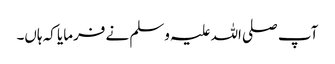
آپ صلی اللہ علیہ وسلم نے فرمایا کہ ہاں۔